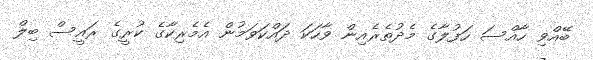
ބޭއްވި ހާއްސަ ހަފުލާގެ މެދުތެރެއިން ވާހަކަ ދައްކަވަމުން އެމެރިކާގެ ކުރީގެ ރައީސް ބިލް